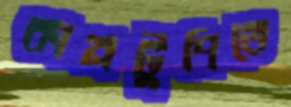
কানটুপিতে